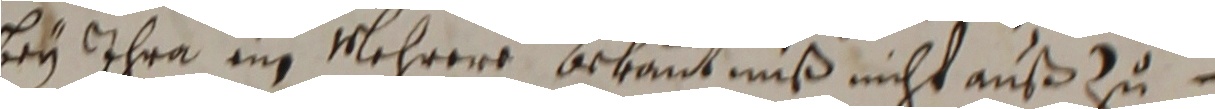
bey ihra ein mehrere brkantnuß nicht außzu